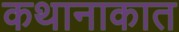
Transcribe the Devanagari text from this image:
कथानाकात